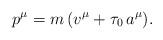
LaTeX: \begin{align*}p^\mu=m\,(v^\mu+\tau_0\,a^\mu).\end{align*}